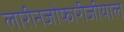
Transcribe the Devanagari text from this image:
लारीनजोफारीजीयाल